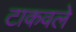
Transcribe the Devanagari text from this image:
टाकवले